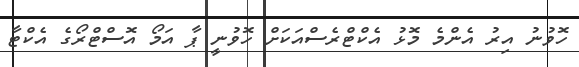
ހޮވުނު އިރު އެންމެ މޮޅު އެކްޓްރެސްއަކަށް ހޮވުނީ ޕާ އަމޯ އޮސްޓްރޯގެ އެކްޓާ